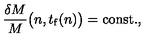
{ \frac { \delta M } { M } } \bigl ( n , t _ { \mathrm { f } } ( n ) \bigr ) = \mathrm { c o n s t . } ,